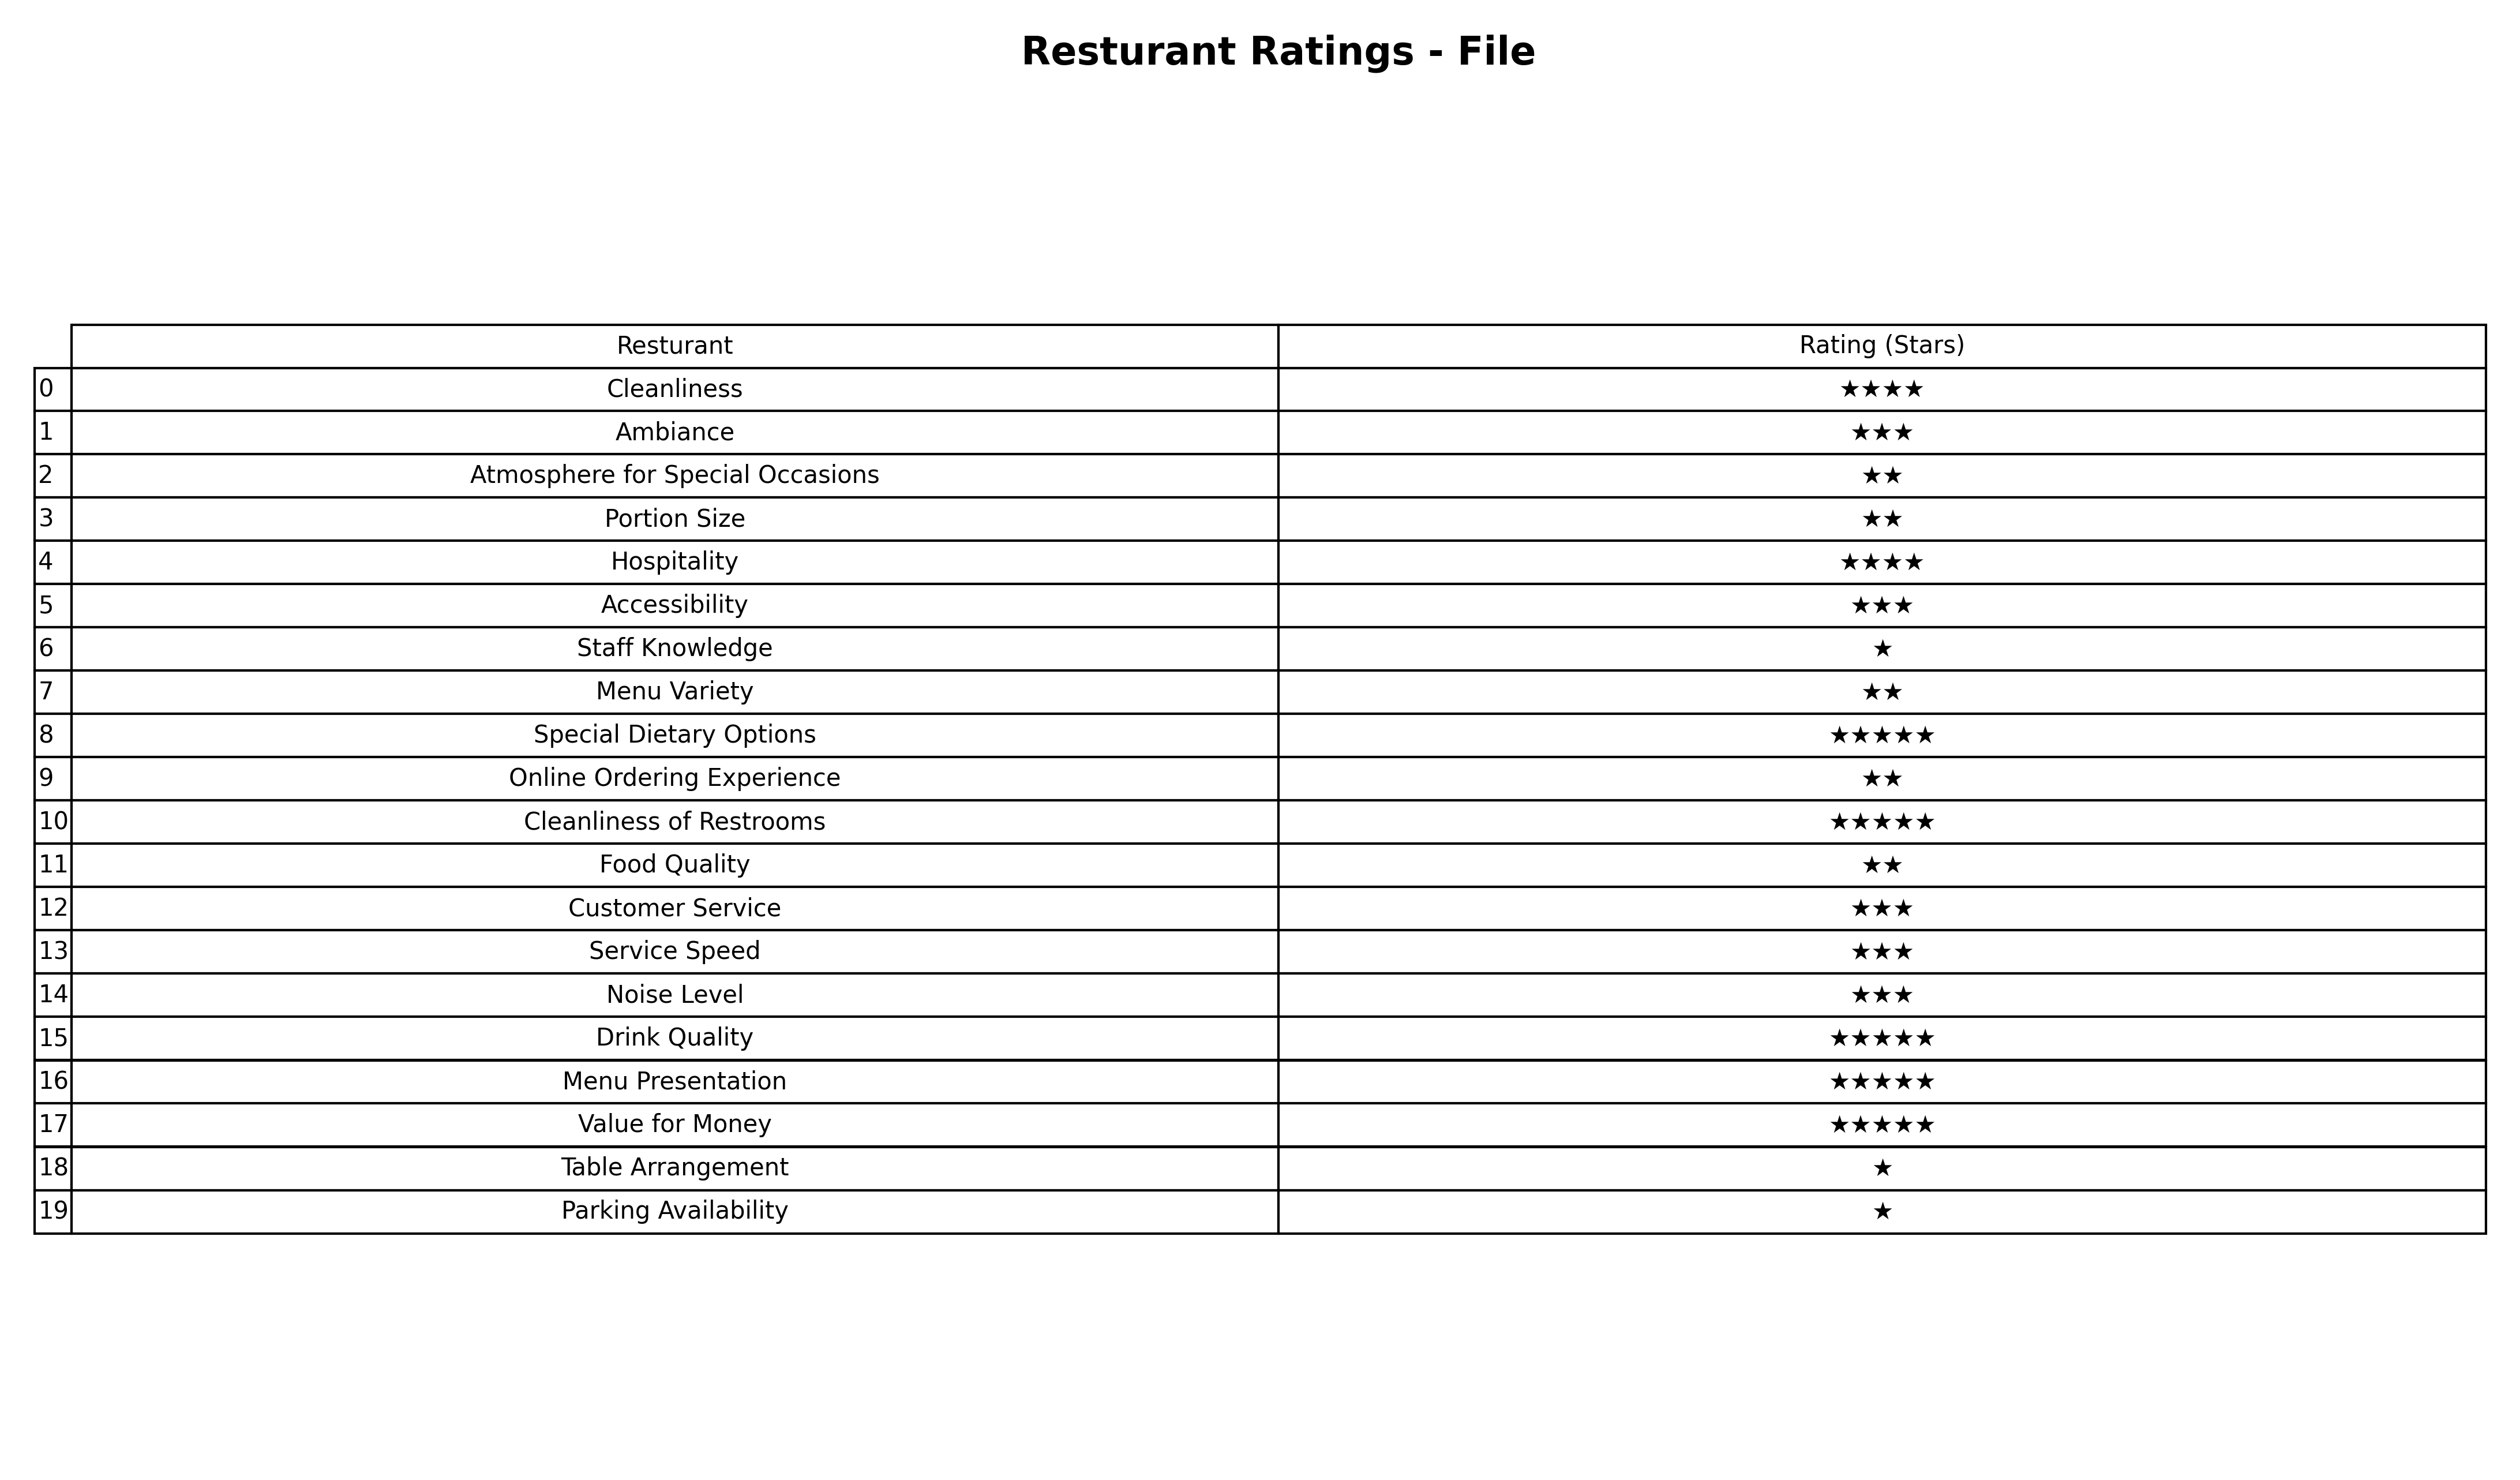
question: What is the rating of Online Ordering Experience?
answer: ★★